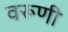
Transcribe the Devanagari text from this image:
वरूणी